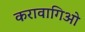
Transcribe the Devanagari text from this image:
करावागिओ